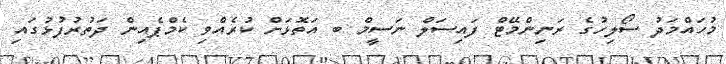
މުހައްމަދު ސޯލިހުގެ ރަނިންމޭޓް ފައިސަލް ނަސީމް ބ އަތޮޅަށް ކުރެއްވި ކެމްޕެއިން ދަތުރުފުޅުގައި